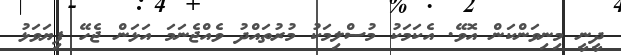
ދީނީ މިނިވަންކަން އޮވޭ. އެކަމަކު މުސްލިމަކު މުރުތައްދު ވެއްޖެނަމަ އަޅަން ޖެހޭ ފިޔަވަޅު